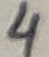
Text: 4